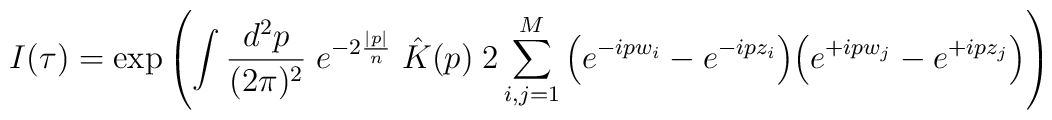
I(\tau) = \exp \left(\int \frac{d^2p}{(2\pi)^2} \; e^{-2\frac{|p|}{n}} \; \hat{K}(p) \;2 \sum_{i,j=1}^{M} \Big( e^{-ipw_i} - e^{-ipz_i} \Big)\Big( e^{+ipw_j} - e^{+ipz_j} \Big) \right)